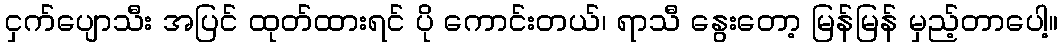
ငှက်ပျောသီး အပြင် ထုတ်ထားရင် ပို ကောင်းတယ်၊ ရာသီ နွေးတော့ မြန်မြန် မှည့်တာပေါ့။